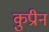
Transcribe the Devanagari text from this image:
कुप्रीन